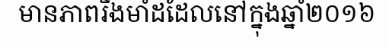
មានភាពរឹងមាំដដែលនៅក្នុងឆ្នាំ២០១៦